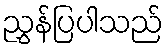
ညွှန်ပြပါသည်